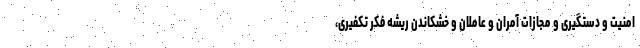
امنیت و دستگیری و مجازات آمران و عاملان و خشکاندن ریشه فکر تکفیری،